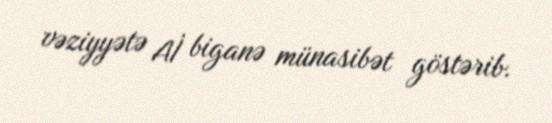
vəziyyətə Aİ biganə münasibət göstərib.